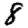
Digit: 8